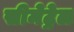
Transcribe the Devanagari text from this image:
सीमेट्रेल